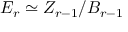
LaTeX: E _ { r } \simeq Z _ { r - 1 } / B _ { r - 1 }